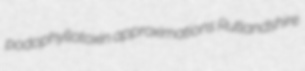
podophyllotoxin approximations Rutlandshire